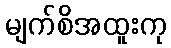
မျက်စိအထူးကု